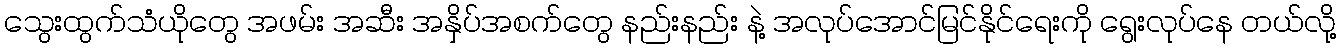
သွေးထွက်သံယိုတွေ အဖမ်း အဆီး အနှိပ်အစက်တွေ နည်းနည်း နဲ့ အလုပ်အောင်မြင်နိုင်ရေးကို ရွေးလုပ်နေ တယ်လို့